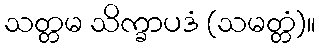
သတ္တမ သိက္ခာပဒံ (သမတ္တံ)။